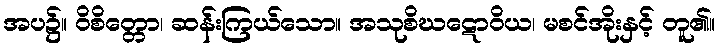
အပ၌။ ဝိစိတ္တော၊ ဆန်းကြယ်သော။ အသုစိဃဋောဝိယ၊ မစင်အိုးနှင့် တူ၏။